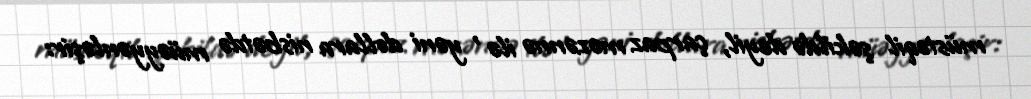
müstəqil şəkildə deyil, çarpaz məzənnə ilə , yəni dollara nisbətdə müəyyənləşir: